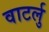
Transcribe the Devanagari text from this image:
वाटर्लु